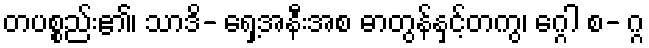
တပစ္စည်း၏၊ သာဒိ- ရှေ့အနီးအစ ဓာတွန်နှင့်တကွ၊ ဂ္ဂေါ စ- ဂ္ဂ